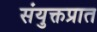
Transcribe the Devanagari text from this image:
संयुक्तप्रात